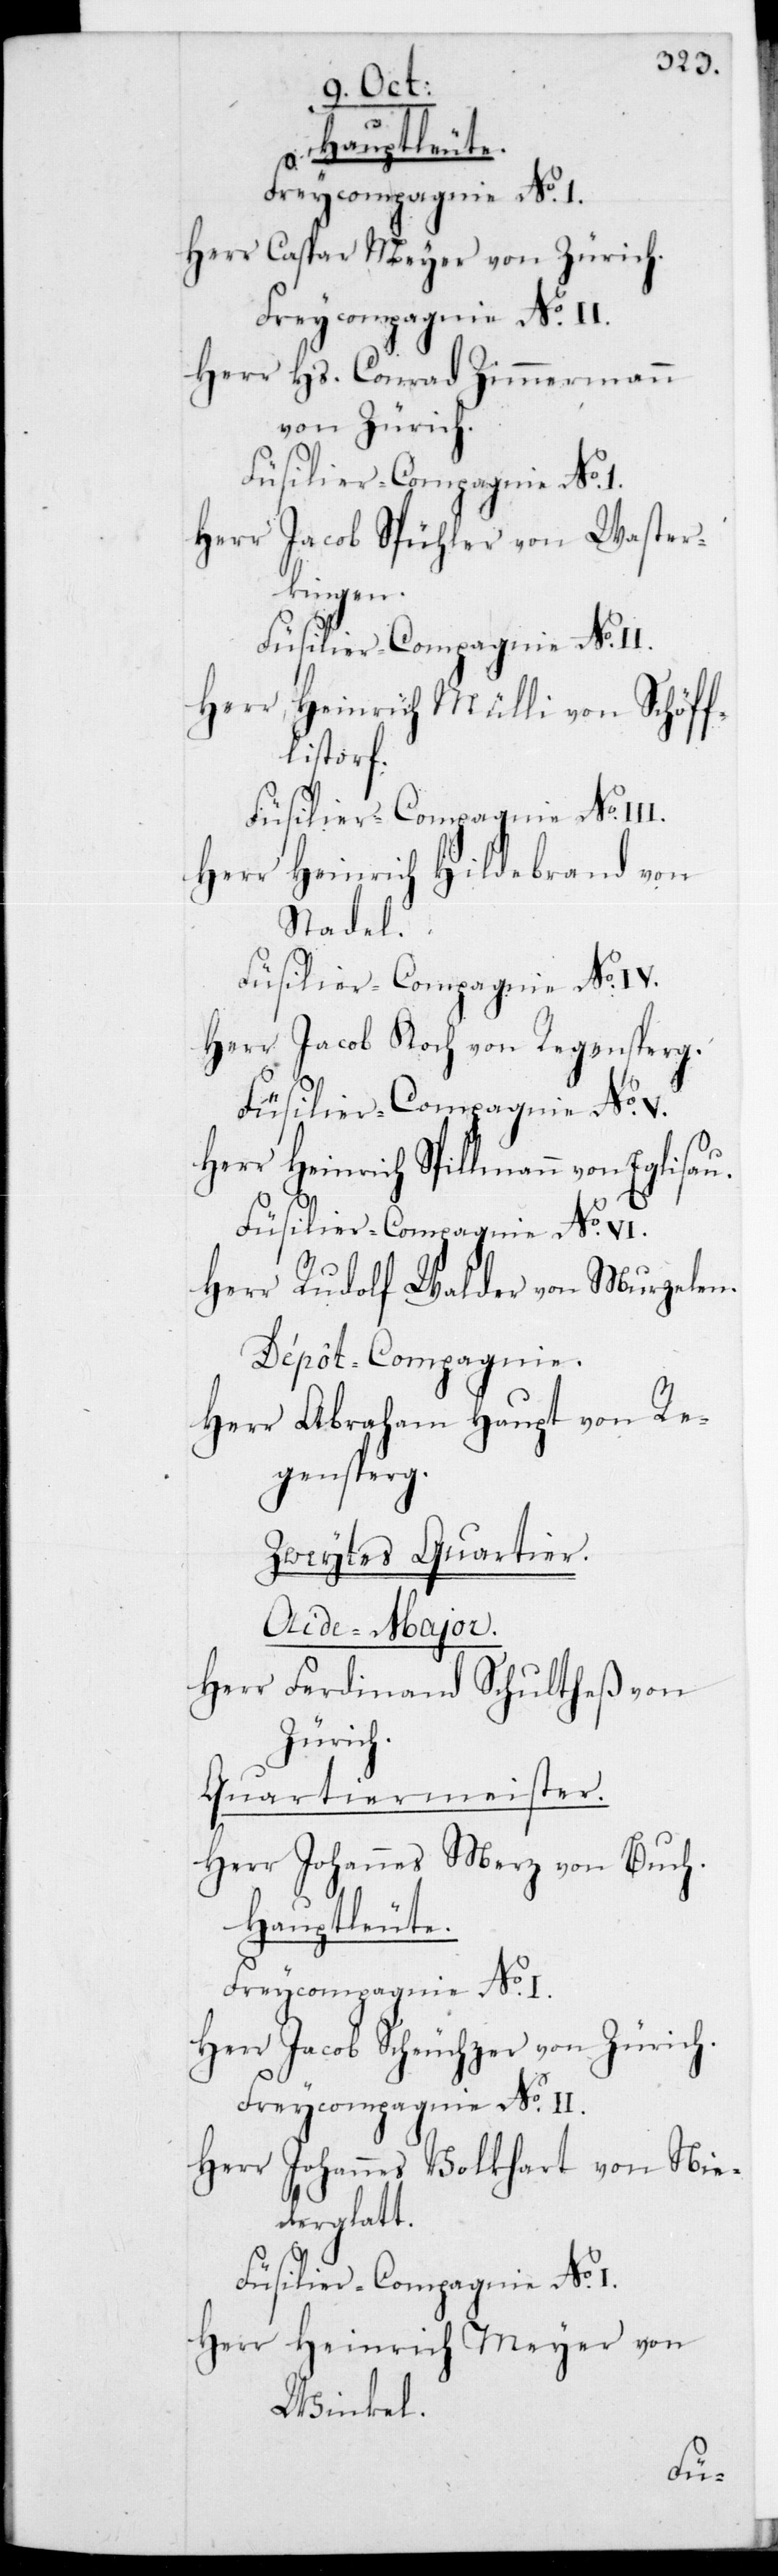
Hauptleute.
Freycompagnie No I.
Herr Caspar Meyer von Zürich.
Freicompagnie No II.
Herr Hs. Conrad Zimmermann
von Zürich.
Füslier-Compagnie No
Herr Jacob Spühler von Waster¬
kingen.
Füsilier-Compagnie No II.
Herr Heinrich Mülli von Schöff¬
lisdorf.
Herr Heinrich Hildebrand von
Stadel.
Füslilier-Compagnie No I.
Herr Jacob Koch von Regensperg.
Herr Heinrich Spillmann von Egli¬
Herr Rudolf Walder von Murzelen.
Dépôt-Compagnie.
Herr Abraham Haupt von Re¬
gensperg.
Zweytes Quartier.
Aide-Major.
Herr Ferdinand Schultheß von
Zürich.
Quartiermeister.
Herr Johannes Merz von Buch.
Herr Jacob Scheuchzer von Zürich.
Freycompagnie No II.
Herr Johannes Volkhart von Nie¬
derglatt.
Herr Heinrich Meyer von
Winkel.
sau.